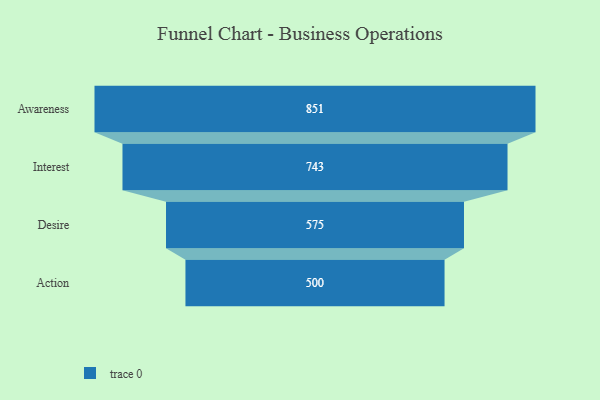
{"axis": {"x": "Stage", "y": "Value"}, "legend": [""], "data": [{"x": "Awareness", "y": 851.0, "type": ""}, {"x": "Interest", "y": 743.0, "type": ""}, {"x": "Desire", "y": 575.0, "type": ""}, {"x": "Action", "y": 500, "type": ""}]}